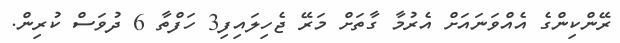
ރޭންކިންގެ އެއްވަނައަށް އެރުމާ ގާތަށް މަރޭ ޖެހިލައިފި3 ހަފްތާ 6 ދުވަސް ކުރިން.